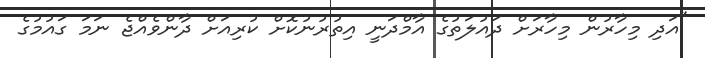
"އަދި މިހާރުން މިހާރަށް ދައުލަތުގެ އާމްދަނީ އިތުރުނުކޮށް ކުރިއަށް ދާންވެއްޖެ ނަމަ ގައުމުގެ